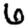
Digit: 6